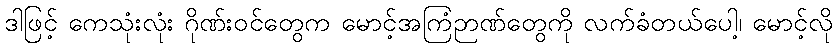
ဒါဖြင့် ကေသုံးလုံး ဂိုဏ်းဝင်တွေက မောင့်အကြံဉာဏ်တွေကို လက်ခံတယ်ပေါ့၊ မောင့်လို